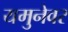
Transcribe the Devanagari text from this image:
यमुनेवर